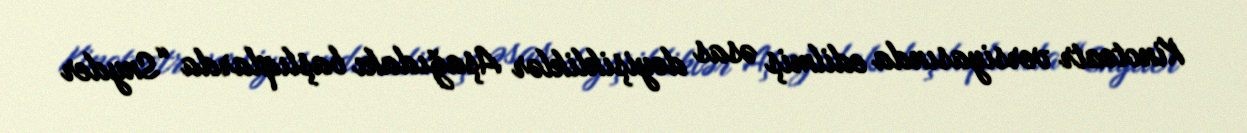
Kinoteatr versiyasında edilmiş əsas dəyişikliklər Aşağıdakı başlıqlarda “Snyder